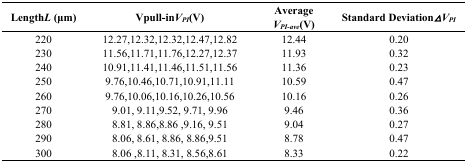
<table><thead><tr><td><b>Length <i>L</i> (μm)</b></td><td><b>Vpull-in <i>V<sub>PI</sub></i> (V)</b></td><td><b>Average <i>V<sub>PI-ave</sub></i> (V)</b></td><td><b>Standard Deviation <i>ΔV<sub>PI</sub></i></b></td></tr></thead><tbody><tr><td>220</td><td>12.27,12.32,12.32,12.47,12.82</td><td>12.44</td><td>0.20</td></tr><tr><td>230</td><td>11.56,11.71,11.76,12.27,12.37</td><td>11.93</td><td>0.32</td></tr><tr><td>240</td><td>10.91,11.41,11.46,11.51,11.56</td><td>11.36</td><td>0.23</td></tr><tr><td>250</td><td>9.76,10.46,10.71,10.91,11.11</td><td>10.59</td><td>0.47</td></tr><tr><td>260</td><td>9.76,10.06,10.16,10.26,10.56</td><td>10.16</td><td>0.26</td></tr><tr><td>270</td><td>9.01, 9.11,9.52, 9.71, 9.96</td><td>9.46</td><td>0.36</td></tr><tr><td>280</td><td>8.81, 8.86,8.86 ,9.16, 9.51</td><td>9.04</td><td>0.27</td></tr><tr><td>290</td><td>8.06, 8.61, 8.86, 8.86,9.51</td><td>8.78</td><td>0.47</td></tr><tr><td>300</td><td>8.06 ,8.11, 8.31, 8.56,8.61</td><td>8.33</td><td>0.22</td></tr></tbody></table>